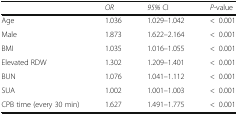
|  | OR | 95% CI | P-value |
 | --- | --- | --- | --- |
 | Age | 1.036 | 1.029–1.042 | <0.001 |
 | Male | 1.873 | 1.622–2.164 | <0.001 |
 | BMI | 1.035 | 1.016–1.055 | <0.001 |
 | Elevated RDW | 1.302 | 1.209–1.401 | <0.001 |
 | BUN | 1.076 | 1.041–1.112 | <0.001 |
 | SUA | 1.002 | 1.001–1.003 | <0.001 |
 | CPB time (every 30 min) | 1.627 | 1.491–1.775 | <0.001 |